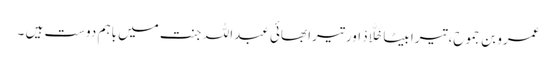
عمرو بن جَموح، تیرا بیٹا خَلَّادْ اور تیرا بھائی عبداللہ جنت میں باہم دوست ہیں ۔